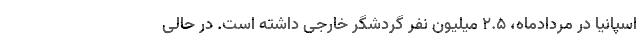
اسپانیا در مردادماه، ۲.۵ میلیون نفر گردشگر خارجی داشته است. در حالی